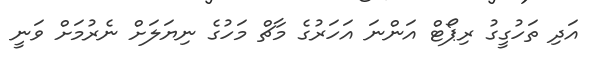
އަދި ތަހުގީގު ރިޕޯޓް އަންނަ އަހަރުގެ މާޗް މަހުގެ ނިޔަލަށް ނެރުމަށް ވަނީ